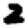
Digit: 2